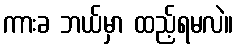
ကားခ ဘယ်မှာ ထည့်ရမလဲ။